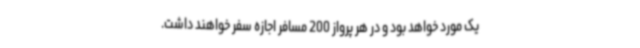
یک مورد خواهد بود و در هر پرواز 200 مسافر اجازه سفر خواهند داشت.